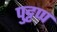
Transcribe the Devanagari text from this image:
पुट्टप्प